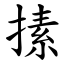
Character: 㨞